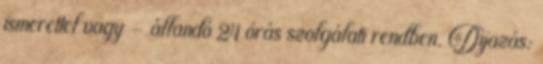
ismerettel vagy - állandó 24 órás szolgálati rendben. Díjazás: